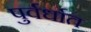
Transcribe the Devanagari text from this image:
पुर्वर्धात